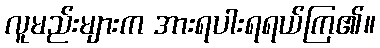
လူမည်းများက အားရပါးရရယ်ကြ၏။